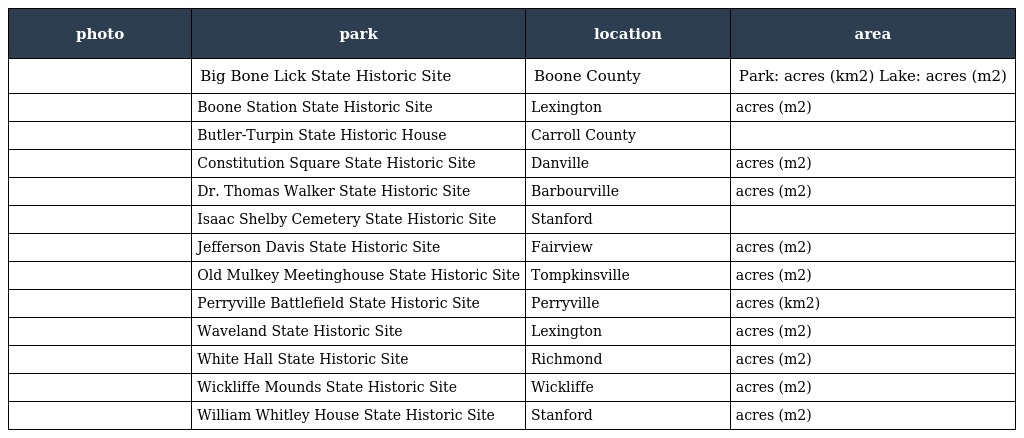
| photo | park | location | area |
 | --- | --- | --- | --- |
 |  | Big Bone Lick State Historic Site | Boone County | Park: acres (km2) Lake: acres (m2) |
 |  | Boone Station State Historic Site | Lexington | acres (m2) |
 |  | Butler-Turpin State Historic House | Carroll County |  |
 |  | Constitution Square State Historic Site | Danville | acres (m2) |
 |  | Dr. Thomas Walker State Historic Site | Barbourville | acres (m2) |
 |  | Isaac Shelby Cemetery State Historic Site | Stanford |  |
 |  | Jefferson Davis State Historic Site | Fairview | acres (m2) |
 |  | Old Mulkey Meetinghouse State Historic Site | Tompkinsville | acres (m2) |
 |  | Perryville Battlefield State Historic Site | Perryville | acres (km2) |
 |  | Waveland State Historic Site | Lexington | acres (m2) |
 |  | White Hall State Historic Site | Richmond | acres (m2) |
 |  | Wickliffe Mounds State Historic Site | Wickliffe | acres (m2) |
 |  | William Whitley House State Historic Site | Stanford | acres (m2) |